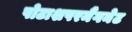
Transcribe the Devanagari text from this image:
पोटाशपरमैंगनेट